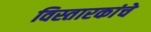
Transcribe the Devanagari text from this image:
विस्तारकांचे